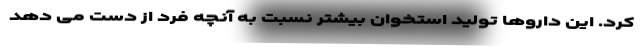
کرد. این داروها تولید استخوان بیشتر نسبت به آنچه فرد از دست می دهد